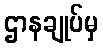
ဌာနချုပ်မှ